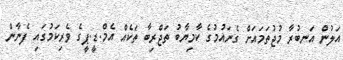
އަލުން އަނބުރާ މުޖުތަމައަށް ގެނައުމުގެ ކާމިޔާބު ތަޖްރިބާ ތަކެއް އެމް.ޑީ.ޕީގެ ވެރިކަމުގައި ފެނާން